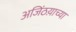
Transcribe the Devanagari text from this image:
अजिंठय़ाच्या